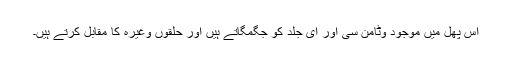
اس پھل میں موجود وٹامن سی اور ای جلد کو جگمگاتے ہیں اور حلقوں وغیرہ کا مقابل کرتے ہیں۔